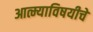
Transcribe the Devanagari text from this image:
आत्म्याविषयीचे